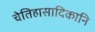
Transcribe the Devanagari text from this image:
चेतिहासादिकानि